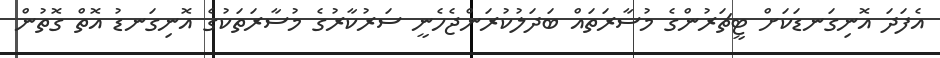
އެފަދަ އޮނިގަނޑަކަށް ޓީޗަރުންގެ މުސާރަތައް ބަދަލުކުރަންޖެހެނީ ސަރުކާރުގެ މުސާރަތަކުގެ އޮނިގަނޑު އޮތް ގޮތުން